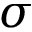
\sigma